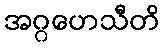
အဂ္ဂဟေသီတိ